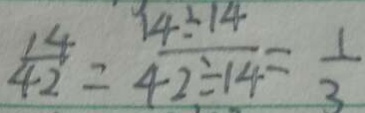
\frac { 1 4 } { 4 2 } = \frac { 1 4 \div 1 4 } { 4 2 \div 1 4 } = \frac { 1 } { 3 }